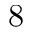
8